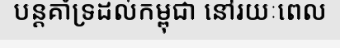
បន្តគាំទ្រដល់កម្ពុជា នៅរយៈពេល